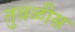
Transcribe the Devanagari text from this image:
तुवळीस